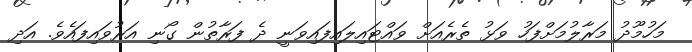
މަހުމޫދު މަރާލުމަށްފަހު ވަޅު ތެރެއަށް ވައްޓައިލައިފައިވަނީ ދެ ފަރާތުން ގޯނި އަރުވައިފައެވެ. އަދި